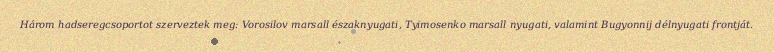
Három hadseregcsoportot szerveztek meg: Vorosilov marsall északnyugati, Tyimosenko marsall nyugati, valamint Bugyonnij délnyugati frontját.